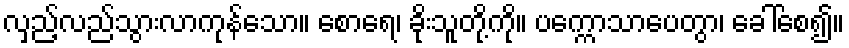
လှည့်လည်သွားလာကုန်သော။ စောရေ၊ ခိုးသူတို့ကို။ ပက္ကောသာပေတွာ၊ ခေါ်စေ၍။